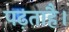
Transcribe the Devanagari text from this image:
पढ़ताहै।